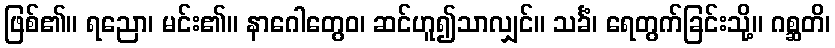
ဖြစ်၏။ ရညော၊ မင်း၏။ နာဂေါတွေဝ၊ ဆင်ဟူ၍သာလျှင်။ သင်္ခံ၊ ရေတွက်ခြင်းသို့။ ဂစ္ဆတိ၊